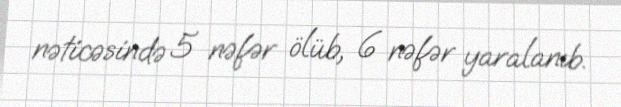
nəticəsində 5 nəfər ölüb, 6 nəfər yaralanıb.